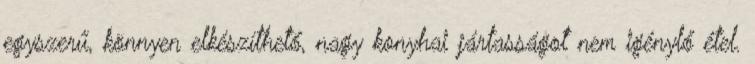
egyszerű, könnyen elkészíthető, nagy konyhai jártasságot nem igénylő étel.